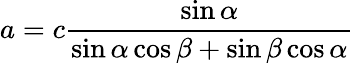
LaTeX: a=c{\frac{\sin\alpha}{\sin\alpha\cos\beta+\sin\beta\cos\alpha}}